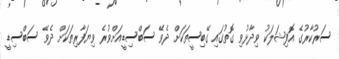
ސަރުކާރުގެ އޮފިޝަލަކު ވިދާޅުވި ގޮތުގައި ގޭބިސީތަކަށް ދެވޭ ސަބްސިޑީއަށްވުރެ ވިޔަފާރިތަކަށް ދެވޭ ސަބްސިޑީ